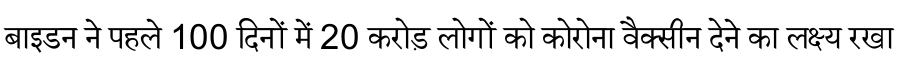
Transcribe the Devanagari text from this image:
बाइडन ने पहले 100 दिनों में 20 करोड़ लोगों को कोरोना वैक्सीन देने का लक्ष्य रखा